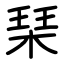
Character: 琹